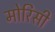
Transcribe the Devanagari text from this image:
मोरिसी